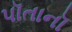
પૉતાનૉ